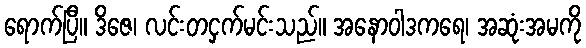
ရောက်ပြီ။ ဒိဇေ၊ လင်းတငှက်မင်းသည်။ အနောဝါဒကရေ၊ အဆုံးအမကို